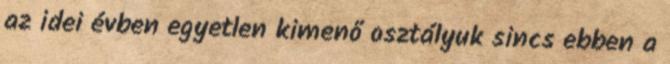
az idei évben egyetlen kimenő osztályuk sincs ebben a